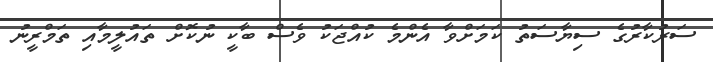
ސަރުކާރުގެ ސިޔާސަތު ކަމަށްވާ އެންމެ ކުއްޖަކު ވެސް ބާކީ ނުކޮށް ތައުލީމާއި ތަމްރީނު